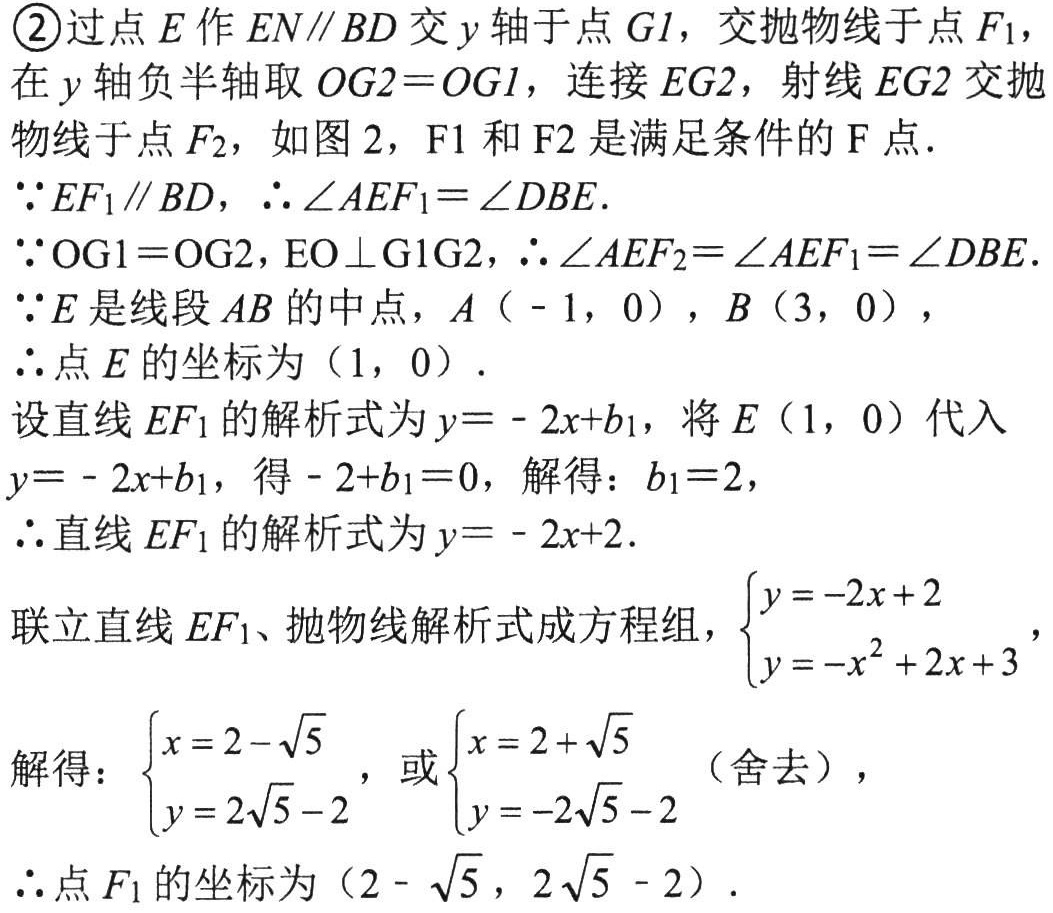
\textcircled{2}过点\(E\)作\(EN\parallel BD\)交\(y\)轴于点\(G_1\)，交抛物线于点\(F_1\)，在\(y\)轴负半轴取\(OG_2 = OG_1\)，连接\(EG_2\)，射线\(EG_2\)交抛物线于点\(F_2\)，如图2，\(F_1\)和\(F_2\)是满足条件的\(F\)点．
\(\because EF_1\parallel BD\)，\(\therefore\angle AEF_1=\angle DBE\)．
\(\because OG_1 = OG_2\)，\(EO\perp G_1G_2\)，\(\therefore\angle AEF_2=\angle AEF_1=\angle DBE\)．
\(\because E\)是线段\(AB\)的中点，\(A(-1,0)\)，\(B(3,0)\)，
\(\therefore\)点\(E\)的坐标为\((1,0)\)．
设直线\(EF_1\)的解析式为\(y = - 2x + b_1\)，将\(E(1,0)\)代入\(y = - 2x + b_1\)，得\(-2 + b_1 = 0\)，解得：\(b_1 = 2\)，
\(\therefore\)直线\(EF_1\)的解析式为\(y = - 2x + 2\)．
联立直线\(EF_1\)、抛物线解析式成方程组，\(\begin{cases}y = -2x + 2\\y = -x^{2}+2x + 3\end{cases}\)，
解得：\(\begin{cases}x = 2 - \sqrt{5}\\y = 2\sqrt{5} - 2\end{cases}\)，或\(\begin{cases}x = 2 + \sqrt{5}\\y = -2\sqrt{5} - 2\end{cases}\)（舍去），
\(\therefore\)点\(F_1\)的坐标为\((2 - \sqrt{5},2\sqrt{5} - 2)\)．